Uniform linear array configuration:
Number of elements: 24
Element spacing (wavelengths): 0.25
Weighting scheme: exponential
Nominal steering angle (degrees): -45
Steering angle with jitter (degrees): -44.884
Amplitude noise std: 0.05
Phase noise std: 0.05

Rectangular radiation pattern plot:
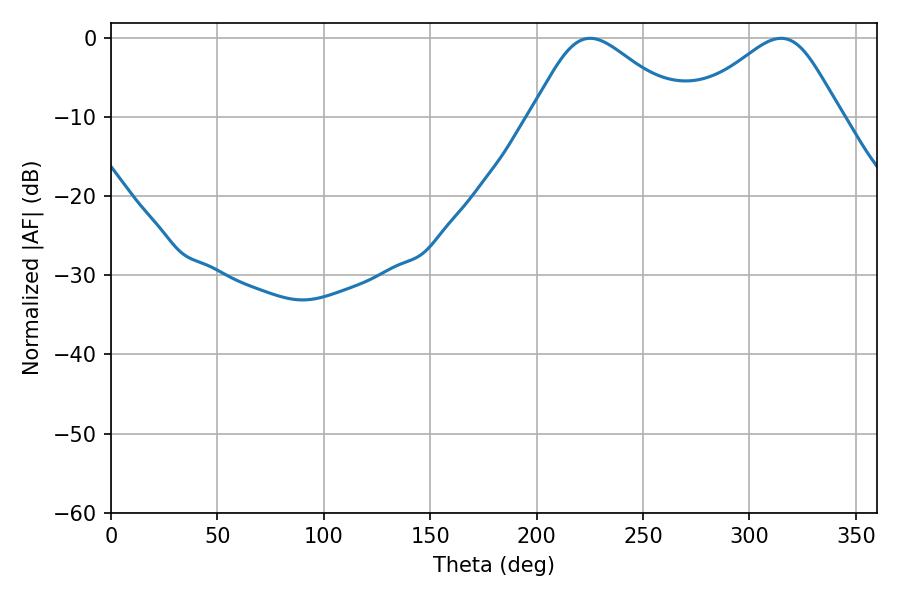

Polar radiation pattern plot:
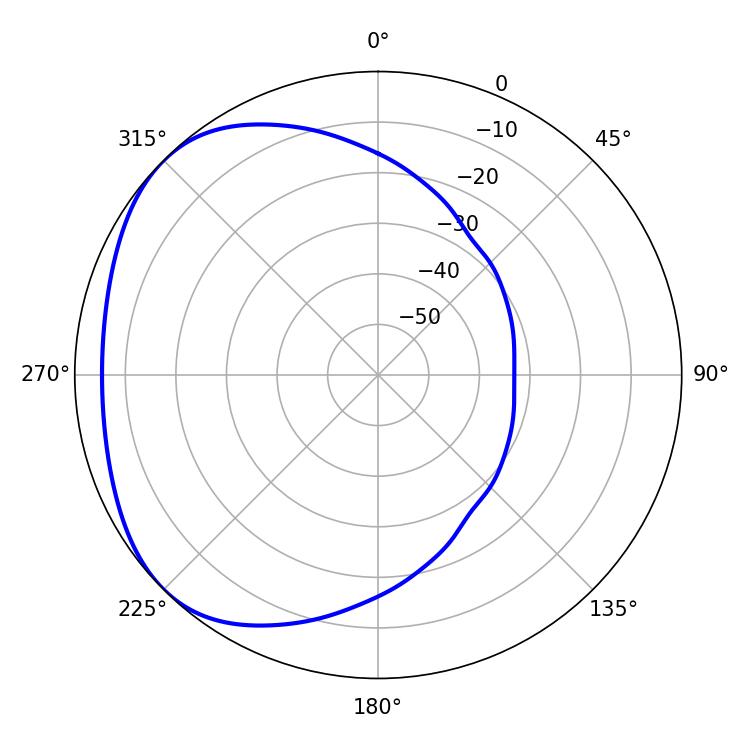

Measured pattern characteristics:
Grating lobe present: FALSE
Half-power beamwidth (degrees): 35.28
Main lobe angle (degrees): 225.18